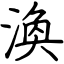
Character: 渙